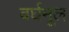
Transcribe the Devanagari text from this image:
वर्घमूल